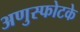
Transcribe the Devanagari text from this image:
अणुस्फोटके